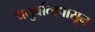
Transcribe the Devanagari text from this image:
धनुर्वातापासून